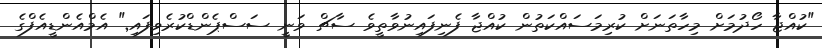
"ކުއްޖާ ހޯދުމަށް މިހާތަނަށް ކުރިމަސައްކަތުން ކުއްޖާ ފެނިފައިނުވާތީވެ ސާޗް ވަނީ ސަސްޕެންޑްކުރެވިފައި